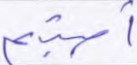
أصبتم